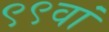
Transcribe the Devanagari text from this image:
९९वां